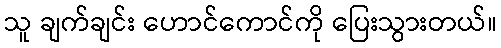
သူ ချက်ချင်း ဟောင်ကောင်ကို ပြေးသွားတယ်။